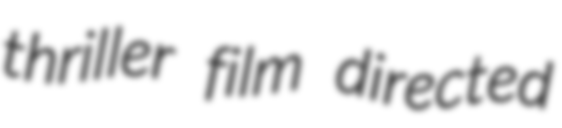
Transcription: thriller film directed